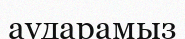
аударамыз